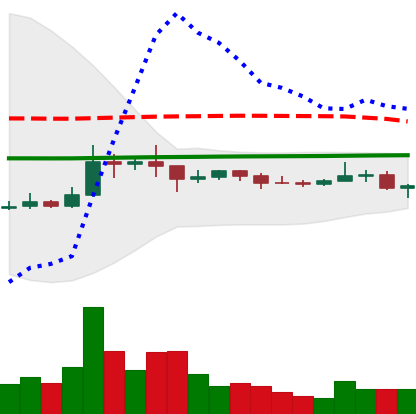
Ticker: XRP-USD
Chart end date: 2021-01-22
Forward return: -7.645%
Label: down_7plus